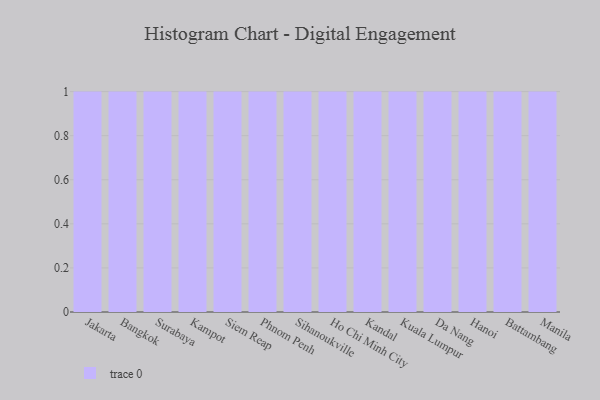
{"axis": {"x": "City", "y": "Latency (ms)"}, "legend": [""], "data": [{"x": "Jakarta", "y": 97, "type": ""}, {"x": "Bangkok", "y": 3, "type": ""}, {"x": "Surabaya", "y": 12, "type": ""}, {"x": "Kampot", "y": 23, "type": ""}, {"x": "Siem Reap", "y": 25, "type": ""}, {"x": "Phnom Penh", "y": 5, "type": ""}, {"x": "Sihanoukville", "y": 96, "type": ""}, {"x": "Ho Chi Minh City", "y": 40, "type": ""}, {"x": "Kandal", "y": 86, "type": ""}, {"x": "Kuala Lumpur", "y": 2, "type": ""}, {"x": "Da Nang", "y": 51, "type": ""}, {"x": "Hanoi", "y": 78, "type": ""}, {"x": "Battambang", "y": 37, "type": ""}, {"x": "Manila", "y": 76, "type": ""}]}